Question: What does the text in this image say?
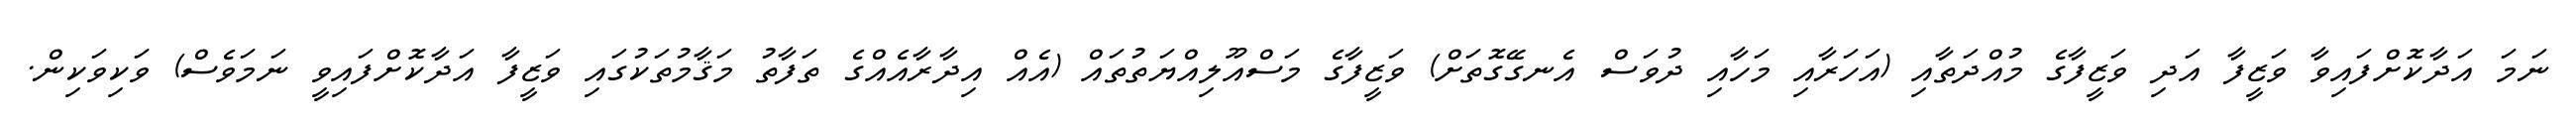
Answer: ނަމަ އަދާކޮށްފައިވާ ވަޒީފާ އަދި ވަޒީފާގެ މުއްދަތާއި (އަހަރާއި މަހާއި ދުވަސް އެނގޭގޮތަށް) ވަޒީފާގެ މަސްއޫލިއްޔަތުތައް (އެއް އިދާރާއެއްގެ ތަފާތު މަޤާމުތަކުގައި ވަޒީފާ އަދާކޮށްފައިވީ ނަމަވެސް) ވަކިވަކިން.